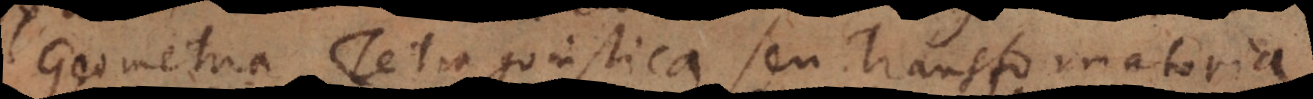
eometria Tetragonistica seu Transformatoria